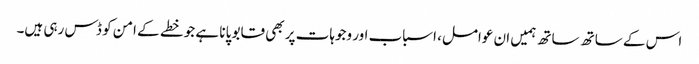
اس کے ساتھ ساتھ ہمیں ان عوامل، اسباب اور وجوہات پر بھی قابو پانا ہے جو خطے کے امن کو ڈس رہی ہیں۔